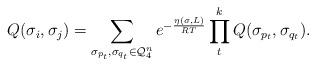
LaTeX: \begin{align*}Q (\sigma_i, \sigma_j) = \sum_{\sigma_{p_t}, \sigma_{q_t} \in \mathcal{Q}_4^n} e^{-\frac{\eta(\sigma, L)}{RT}} \prod_{t}^k Q (\sigma_{p_t}, \sigma_{q_t} ). \end{align*}